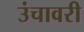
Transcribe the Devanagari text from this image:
उंचावरी